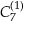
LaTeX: { C } _ { 7 } ^ { ( 1 ) }